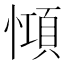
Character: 𢠷